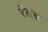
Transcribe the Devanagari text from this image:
रेंसच